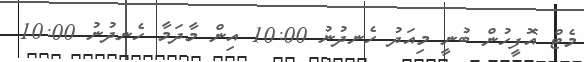
މެޓް އޮފީހުން ބުނީ މިއަދު ހެނދުނު 10:00 އިން މާދަމާ ހެނދުނު 10:00